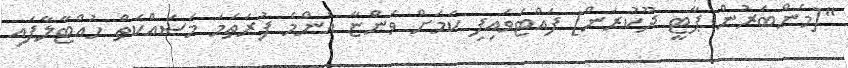
"[މެންބަރުން ޕާޓީ ދޫކުރަން] ފައްޓަވައިފި ކަމަށް ވަންޏާ އެންމެ ފުރަތަމަ މަސައްކަތް ހުއްޓާލާފައި